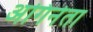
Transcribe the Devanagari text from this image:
अगिनेता